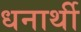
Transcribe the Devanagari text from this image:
धनार्थी